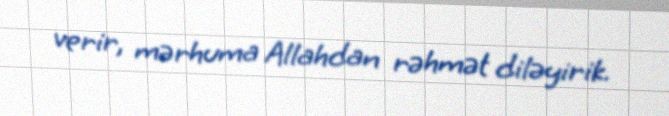
verir, mərhuma Allahdan rəhmət diləyirik.